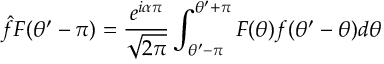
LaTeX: \hat { f } F ( \theta ^ { \prime } - \pi ) = \displaystyle \frac { e ^ { i \alpha \pi } } { \sqrt { 2 \pi } } \int _ { \theta ^ { \prime } - \pi } ^ { \theta ^ { \prime } + \pi } F ( \theta ) f ( \theta ^ { \prime } - \theta ) d \theta